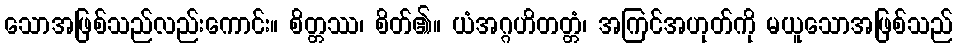
သောအဖြစ်သည်လည်းကောင်း။ စိတ္တဿ၊ စိတ်၏။ ယံအဂ္ဂဟိတတ္တံ၊ အကြင်အဟုတ်ကို မယူသောအဖြစ်သည်